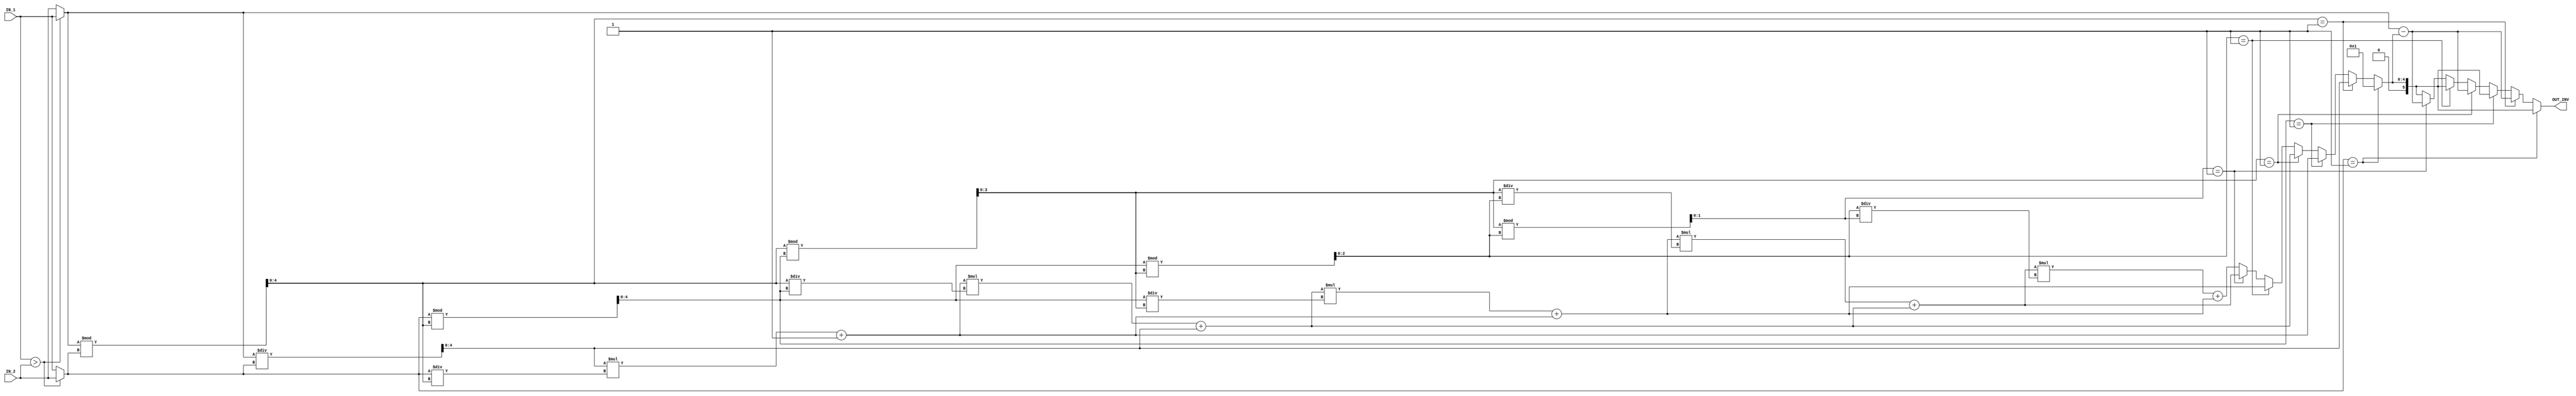
//############################################################################
//++++++++++++++++++++++++++++++++++++++++++++++++++++++++++++++++++++++++++++
//    (C) Copyright Optimum Application-Specific Integrated System Laboratory
//    All Right Reserved
//		Version		: v1.0
//   	Module Name : INV_IP
//++++++++++++++++++++++++++++++++++++++++++++++++++++++++++++++++++++++++++++
//############################################################################

module INV_IP #(parameter IP_WIDTH = 6) (
    // Input signals
    IN_1, IN_2,
    // Output signals
    OUT_INV
);

// ===============================================================
// Declaration
// ===============================================================

input  [IP_WIDTH-1:0] IN_1, IN_2;
output [IP_WIDTH-1:0] OUT_INV;

parameter ARCH_TYPE = 0;    //0: 2to1MUX, 1: ORI
//5-bit
//5937
//32.33
//6-bit
//11492.712238  ||  
//51.71         ||  
//7-bit
//34122.211830
//59.99


//multi-bit MUX vs 2to1MUX
//5-bit in 30ns    
//7733          ||     7012.051324
//29.94         ||     29.99
//6-bit in 30ns
//17689.795506  ||   17417.030730
//29.92         ||      30


//2to1MUX
//6-bit in 25ns
//19452.787552
//25

//2to1MUX
//6-bit in 20ns
//22812.451621
//20

//2to1MUX
//6-bit in 20ns
//37328.861135
//11.7



//if 7bits--> 8 results     ||      6bits--> 6 results      ||      5bits--> 5 results
//  Q range                 ||                              ||
//  0:  6bit                ||              5bit            ||              4bit  
//  1:  7bit                ||              6bit            ||              5bit
//  2:  6bit                ||              5bit            ||              4bit
//  3:  6bit                ||              5bit            ||              4bit
//  4:  5bit                ||              5bit            ||              3bit
//  5:  4bit                ||              4bit            ||
//  6:  3bit
//  7:  3bit
//  R range------------------------------------------------------------------
//  0:  6bit                ||              5bit            ||              4bit
//  1:  6bit                ||              5bit            ||              4bit
//  2:  5bit                ||              4bit            ||              3bit
//  3:  4bit                ||              3bit            ||              2bit
//  4:  3bit                ||              2bit            ||
//  5:  3bit
//  6:  2bit
//  B_temp_result--------------------------------------------------------------
//  0:  7s                  ||              6s              ||              5s
//  1:  6b                  ||              5b              ||              4b
//  2:  7s                  ||              6s              ||              5s
//  3:  6b                  ||              5b              ||              4b
//  4:  7s                  ||              6s              ||              5s
//  5:  6b                  ||              5b              ||
//  6:  7s
//  7:  6b
//Area---------------------------------------------------------------------------
//
//Time---------------------------------------------------------------------------
//

// ===============================================================
// Design
// ===============================================================      

generate
if(IP_WIDTH==5)begin
    wire [3:0] B_q0, B_q2, B_q3;
    wire [4:0] B_q1;
    wire [2:0] B_q4;

    wire [3:0] B_r0, B_r1;
    wire [2:0] B_r2;
    wire [1:0] B_r3;
    wire [3:0] temp_ans [4:0];

    wire [4:0] B0, S0, B1;
    wire [3:0] S1,B2,S2,B3;
    wire [2:0] S3,B4;
    wire [1:0] S4;

    wire condition[4:0];
    wire [4:0] condition_v2;
    reg [3:0] pre_result;

    wire [4:0] sub_comb;

    //layer 0
    assign B0 = (IN_1>IN_2)? IN_1 : IN_2;
    assign S0 = (IN_1>IN_2)? IN_2 : IN_1;
    assign B_q0 = B0/S0;
    assign B_r0 = B0%S0;
    assign temp_ans[0] = B_q0;
    //layer 1
    assign B1 = S0;
    assign B_q1 = B1/S1;
    assign B_r1 = B1%S1;
    assign temp_ans[1] = temp_ans[0] * B_q1 + 'd1;
    //layer 2
    assign B2 = S1;
    assign B_q2 = B2/S2;
    assign B_r2 = B2%S2;
    assign temp_ans[2] = temp_ans[1]*B_q2 + temp_ans[0];
    //layer 3
    assign B3 = S2;
    assign B_q3 = B3/S3;
    assign B_r3 = B3%S3;
    assign temp_ans[3] = temp_ans[2]*B_q3 + temp_ans[1];
    //layer 4
    assign B4 = S3;
    assign B_q4 = B4/S4;
    assign temp_ans[4] = temp_ans[3]*B_q4 +temp_ans[2];

    assign condition[0] = (S0=='d1);
    assign condition[1] = (B_r0=='d1);
    assign condition[2] = (B_r1=='d1);
    assign condition[3] = (B_r2=='d1);
    assign condition[4] = (B_r3=='d1);
    assign condition_v2 = {condition[0],condition[1],condition[2],condition[3],condition[4]};

    assign sub_comb = B0 - pre_result;

    if(ARCH_TYPE)begin
        assign S1 = (B_r0==0)?'d1: B_r0;
        assign S2 = (B_r1==0)?'d1: B_r1;
        assign S3 = (B_r2==0)?'d1:B_r2;
        assign S4 = (B_r3==0)?'d1:B_r3;
        always@(*)begin
            /*
            casex(condition_v2)
            5'b1xxxx:   pre_result = 'd1;
            5'b01xxx:   pre_result = temp_ans[0];
            5'b001xx:   pre_result = temp_ans[1];
            5'b0001x:   pre_result = temp_ans[2];
            5'b00001:   pre_result = temp_ans[3];
            5'b00000:   pre_result = temp_ans[4];
            default:    pre_result = temp_ans[4];
            endcase
            */
            case(condition_v2)
                5'b10000:   pre_result = 'd1;
                5'b01000:   pre_result = temp_ans[0];
                5'b00100:   pre_result = temp_ans[1];
                5'b00010:   pre_result = temp_ans[2];
                5'b00001:   pre_result = temp_ans[3];
                5'b00000:   pre_result = temp_ans[4];
                default:    pre_result = temp_ans[4];
            endcase
        end
        assign OUT_INV = ((condition[1])|(condition[3])|(condition_v2=='d0))? sub_comb:pre_result;
    end
    else begin
        assign S1 = B_r0;//(B_r0==0)?'d1: B_r0;
        assign S2 = B_r1;//(B_r1==0)?'d1: B_r1;
        assign S3 = B_r2;//(B_r2==0)?'d1:B_r2;
        assign S4 = B_r3;//(B_r3==0)?'d1:B_r3;
        always@(*)begin
                if(condition[0]) pre_result = 'd1;
                else begin
                    if(condition[1]) pre_result = temp_ans[0];
                    else begin
                        if(condition[2]) pre_result = temp_ans[1];
                        else begin
                            if(condition[3]) pre_result = temp_ans[2];
                            else begin
                                if(condition[4]) pre_result = temp_ans[3];
                                else                pre_result = temp_ans[4];
                            end
                        end
                    end
                end
            end
        assign OUT_INV = (condition[0])? pre_result:(condition[1])?sub_comb:(condition[2])?pre_result:(condition[3])?sub_comb:(condition[4])?pre_result:sub_comb;
    end




    
end
else if(IP_WIDTH==7)begin

    wire [5:0] B_q0, B_q2, B_q3;
    wire [6:0] B_q1;
    wire [4:0] B_q4;
    wire [3:0] B_q5;
    wire [2:0] B_q6, B_q7;

    wire [5:0] B_r0, B_r1;
    wire [4:0] B_r2;
    wire [3:0] B_r3;
    wire [2:0] B_r4, B_r5;
    wire [1:0] B_r6;

    wire [5:0] temp_ans [7:0];

    wire [6:0] B0, S0, B1;
    wire [5:0] S1,B2,S2,B3;
    wire [4:0] S3,B4;
    wire [3:0] S4,B5;
    wire [2:0] S5,B6,S6,B7;
    wire [1:0] S7;

    wire condition[7:0];
    wire [7:0] condition_v2;
    reg [5:0] pre_result;

    wire [6:0] sub_comb;


    //layer 0
    assign B0 = (IN_1>IN_2)? IN_1 : IN_2;
    assign S0 = (IN_1>IN_2)? IN_2 : IN_1;
    assign B_q0 = B0/S0;
    assign B_r0 = B0%S0;
    assign temp_ans[0] = B_q0;
    //layer 1
    assign B1 = S0;
    assign S1 =(B_r0==0)?'d1: B_r0;
    assign B_q1 = B1/S1;
    assign B_r1 = B1%S1;
    assign temp_ans[1] = temp_ans[0] * B_q1 + 'd1;
    //layer 2
    assign B2 = S1;
    assign S2 = (B_r1=='d0)?'d1: B_r1;
    assign B_q2 = B2/S2;
    assign B_r2 = B2%S2;
    assign temp_ans[2] = temp_ans[1]*B_q2 + temp_ans[0];
    //layer 3
    assign B3 = S2;
    assign S3 = (B_r2=='d0)?'d1:B_r2;
    assign B_q3 = B3/S3;
    assign B_r3 = B3%S3;
    assign temp_ans[3] = temp_ans[2]*B_q3 + temp_ans[1];
    //layer 4
    assign B4 = S3;
    assign S4 = (B_r3=='d0)?'d1:B_r3;
    assign B_q4 = B4/S4;
    assign B_r4 = B4%S4;
    assign temp_ans[4] = temp_ans[3]*B_q4 +temp_ans[2];
    //layer 5
    assign B5 = S4;
    assign S5 = (B_r4=='d0)?'d1:B_r4;
    assign B_q5 = B5/S5;
    assign B_r5 = B5%S5;
    assign temp_ans[5] = temp_ans[4]*B_q5 +temp_ans[3];
    //layer 6
    assign B6 = S5;
    assign S6 = (B_r5=='d0)?'d1:B_r5;
    assign B_q6 = B6/S6;
    assign B_r6 = B6%S6;
    assign temp_ans[6] = temp_ans[5]*B_q6 +temp_ans[4];
    //layer 7
    assign B7 = S6;
    assign S7 = (B_r6=='d0)?'d1:B_r6;
    assign B_q7 = B7/S7;
    assign temp_ans[7] = temp_ans[6]*B_q7 +temp_ans[5];





    assign condition[0] = (S0=='d1);
    assign condition[1] = (B_r0=='d1);
    assign condition[2] = (B_r1=='d1);
    assign condition[3] = (B_r2=='d1);
    assign condition[4] = (B_r3=='d1);
    assign condition[5] = (B_r4=='d1);
    assign condition[6] = (B_r5=='d1);
    assign condition[7] = (B_r6=='d1);
    assign condition_v2 = {condition[0],condition[1],condition[2],condition[3],condition[4],condition[5],condition[6],condition[7]};
    always@(*)begin
        /*
        casex(condition_v2)
        5'b1xxxx:   pre_result = 'd1;
        5'b01xxx:   pre_result = temp_ans[0];
        5'b001xx:   pre_result = temp_ans[1];
        5'b0001x:   pre_result = temp_ans[2];
        5'b00001:   pre_result = temp_ans[3];
        5'b00000:   pre_result = temp_ans[4];
        default:    pre_result = temp_ans[4];
        endcase
        */
        case(condition_v2)
        8'b10000000:   pre_result = 'd1;
        8'b01000000:   pre_result = temp_ans[0];
        8'b00100000:   pre_result = temp_ans[1];
        8'b00010000:   pre_result = temp_ans[2];
        8'b00001000:   pre_result = temp_ans[3];
        8'b00000100:   pre_result = temp_ans[4];
        8'b00000010:   pre_result = temp_ans[5];
        8'b00000001:   pre_result = temp_ans[6];
        8'b00000000:   pre_result = temp_ans[7];
        
        default:    pre_result = temp_ans[7];
        endcase
        
    end

    assign sub_comb = B0 - pre_result;
    assign OUT_INV = ((condition[1])|(condition[3])|(condition[5])|(condition[7]))? sub_comb:pre_result;




end
else begin
// HERE is for 6-bit version
    wire [4:0] B_q0, B_q2, B_q3, B_q4;
    wire [5:0] B_q1;
    wire [3:0] B_q5;

    wire [4:0] B_r0, B_r1;
    wire [3:0] B_r2;
    wire [2:0] B_r3;
    wire [1:0] B_r4;
    wire [4:0] temp_ans [5:0];

    wire [5:0] B0, S0, B1;
    wire [4:0] S1,B2,S2,B3;
    wire [3:0] S3,B4;
    wire [2:0] S4,B5;
    wire [1:0] S5;

    wire condition[5:0];
    wire [5:0] condition_v2;
    reg [4:0] pre_result;

    wire [5:0] sub_comb;

    //layer 0
    assign B0 = (IN_1>IN_2)? IN_1 : IN_2;
    assign S0 = (IN_1>IN_2)? IN_2 : IN_1;
    assign B_q0 = B0/S0;
    assign B_r0 = B0%S0;
    assign temp_ans[0] = B_q0;
    //layer 1
    assign B1 = S0;
    
    assign B_q1 = B1/S1;
    assign B_r1 = B1%S1;
    assign temp_ans[1] = temp_ans[0] * B_q1 + 'd1;
    //layer 2
    assign B2 = S1;
    
    assign B_q2 = B2/S2;
    assign B_r2 = B2%S2;
    assign temp_ans[2] = temp_ans[1]*B_q2 + temp_ans[0];
    //layer 3
    assign B3 = S2;
    
    assign B_q3 = B3/S3;
    assign B_r3 = B3%S3;
    assign temp_ans[3] = temp_ans[2]*B_q3 + temp_ans[1];
    //layer 4
    assign B4 = S3;

    assign B_q4 = B4/S4;
    assign B_r4 = B4%S4;
    assign temp_ans[4] = temp_ans[3]*B_q4 +temp_ans[2];
    //layer 5
    assign B5 = S4;

    assign B_q5 = B5/S5;
    assign temp_ans[5] = temp_ans[4]*B_q5 +temp_ans[3];

    assign condition[0] = (S0=='d1);
    assign condition[1] = (B_r0=='d1);
    assign condition[2] = (B_r1=='d1);
    assign condition[3] = (B_r2=='d1);
    assign condition[4] = (B_r3=='d1);
    assign condition[5] = (B_r4=='d1);
    assign sub_comb = B0 - pre_result;
    if(ARCH_TYPE)begin
        assign S1 =(B_r0==0)?'d1: B_r0;
        assign S2 = (B_r1=='d0)?'d1: B_r1;
        assign S3 = (B_r2=='d0)?'d1:B_r2;
        assign S4 = (B_r3=='d0)?'d1:B_r3;
        assign S5 = (B_r4=='d0)?'d1:B_r4;
        assign condition_v2 = {condition[0],condition[1],condition[2],condition[3],condition[4],condition[5]};
        always@(*)begin
            /*
            casex(condition_v2)
            5'b1xxxx:   pre_result = 'd1;
            5'b01xxx:   pre_result = temp_ans[0];
            5'b001xx:   pre_result = temp_ans[1];
            5'b0001x:   pre_result = temp_ans[2];
            5'b00001:   pre_result = temp_ans[3];
            5'b00000:   pre_result = temp_ans[4];
            default:    pre_result = temp_ans[4];
            endcase
            */
            case(condition_v2)
                6'b100000:   pre_result = 'd1;
                6'b010000:   pre_result = temp_ans[0];
                6'b001000:   pre_result = temp_ans[1];
                6'b000100:   pre_result = temp_ans[2];
                6'b000010:   pre_result = temp_ans[3];
                6'b000001:   pre_result = temp_ans[4];
                6'b000000:   pre_result = temp_ans[5];
                default:    pre_result = temp_ans[5];
            endcase
        end

        assign OUT_INV = ((condition[1])|(condition[3])|(condition[5]))? sub_comb:pre_result;
    


    end
    else begin
        assign S1 = B_r0;
        assign S2 = B_r1;
        assign S3 = B_r2;
        assign S4 = B_r3;
        assign S5 = B_r4;
        always@(*)begin
                if(condition[0])    pre_result = 'd1;
                else begin
                    if(condition[1])    pre_result = temp_ans[0];
                    else begin
                        if(condition[2])    pre_result = temp_ans[1];
                        else begin
                            if(condition[3])    pre_result = temp_ans[2];
                            else begin
                                if(condition[4])    pre_result = temp_ans[3];
                                else begin
                                    if(condition[5])    pre_result = temp_ans[4];
                                    else                pre_result = temp_ans[5];
                                end
                            end
                        end
                    end
                end
            end
        assign OUT_INV = (condition[0])? pre_result:(condition[1])?sub_comb:(condition[2])?pre_result:(condition[3])?sub_comb:(condition[4])?pre_result:(condition[5])?sub_comb:pre_result;

    end




end
endgenerate



















/*
//Layer0
assign B_num[0] = (IN1>IN2)? IN1:IN2;
assign S_num[0] = (IN1>IN2)? IN2:IN1;

genvar i;
generate
for(i=0;i<CELL_NUM;i=i+1)begin:loop_1
    wire [IP_WIDHT-1:0] B_num, S_num;
    wire [IP_WIDHT-1:0] B_d;
    wire [IP_WIDHT-1:0] B_m;
    wire [IP_WIDHT-1:0] result;

    wire minus_flag;
    assign B_d = B_num/S_num;
    assign B_m = B_num%S_num;


    if(i==0)begin
        assign B_num = (IN1>IN2)? IN1:IN2;
        assign S_num = (IN1>IN2)? IN2:IN1;

        assign temp_result[0] = B_d;
        assign minus_flag = (B_m=='d1);
        assign result = {(IP_WIDHT-1){(S_num=='d1)}}&temp_result[0];
    end
    else if(i==1)begin
        assign B_num = loop_1[i-1].S_num;
        assign S_num = loop_1[i-1].B_m;

        assign temp_result[1] = 1 + temp_result[0]*B_d;
        assign result = {(IP_WIDHT-1){(S_num=='d1)}}&temp_result[1]|loop_1[0].result;
    end
    else if(i==CELL_NUM-1)begin
        assign B_num = loop_1[i-1].S_num;
        assign S_num = loop_1[i-1].B_m;
        assign temp_result[1] = 1 + temp_result[0]*B_d;
        assign result = {(IP_WIDHT-1){(S_num=='d1)}}&temp_result[1]|loop_1[0].result;

        
        assign OUT_INV = (loop_1[0].S_num=='d1)?'d1:loop_1[CELL_NUM-1].result;
    end
    else begin
        assign B_num = loop_1[i-1].S_num;
        assign S_num = loop_1[i-1].B_m;
        assign temp_result[i] = temp_result[i-2] + temp_result[i-1]*B_d;
        assign result = {(IP_WIDHT-1){(S_num=='d1)}}&temp_result[i]|loop_1[i-1].result;
    end 
    

    if(((i%2)==0)&&(i>0))begin
        assign minus_flag = (loop_1[i-2].minus_flag)|(B_m==1);
    end
    else begin
        assign minus_flag = 'd0;
    end


end    

endgenerate
*/


endmodule